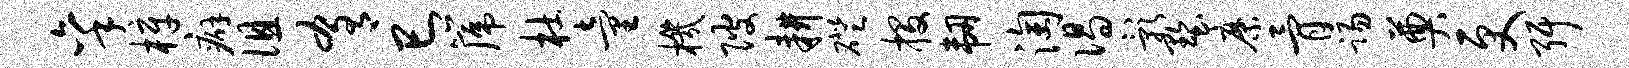
秉梓癖徂肴巳篪杜童机陂耕磴投韧淘偈影墅縻骨踢奠更弭